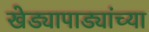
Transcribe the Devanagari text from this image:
खेड्यापाड्यांच्या